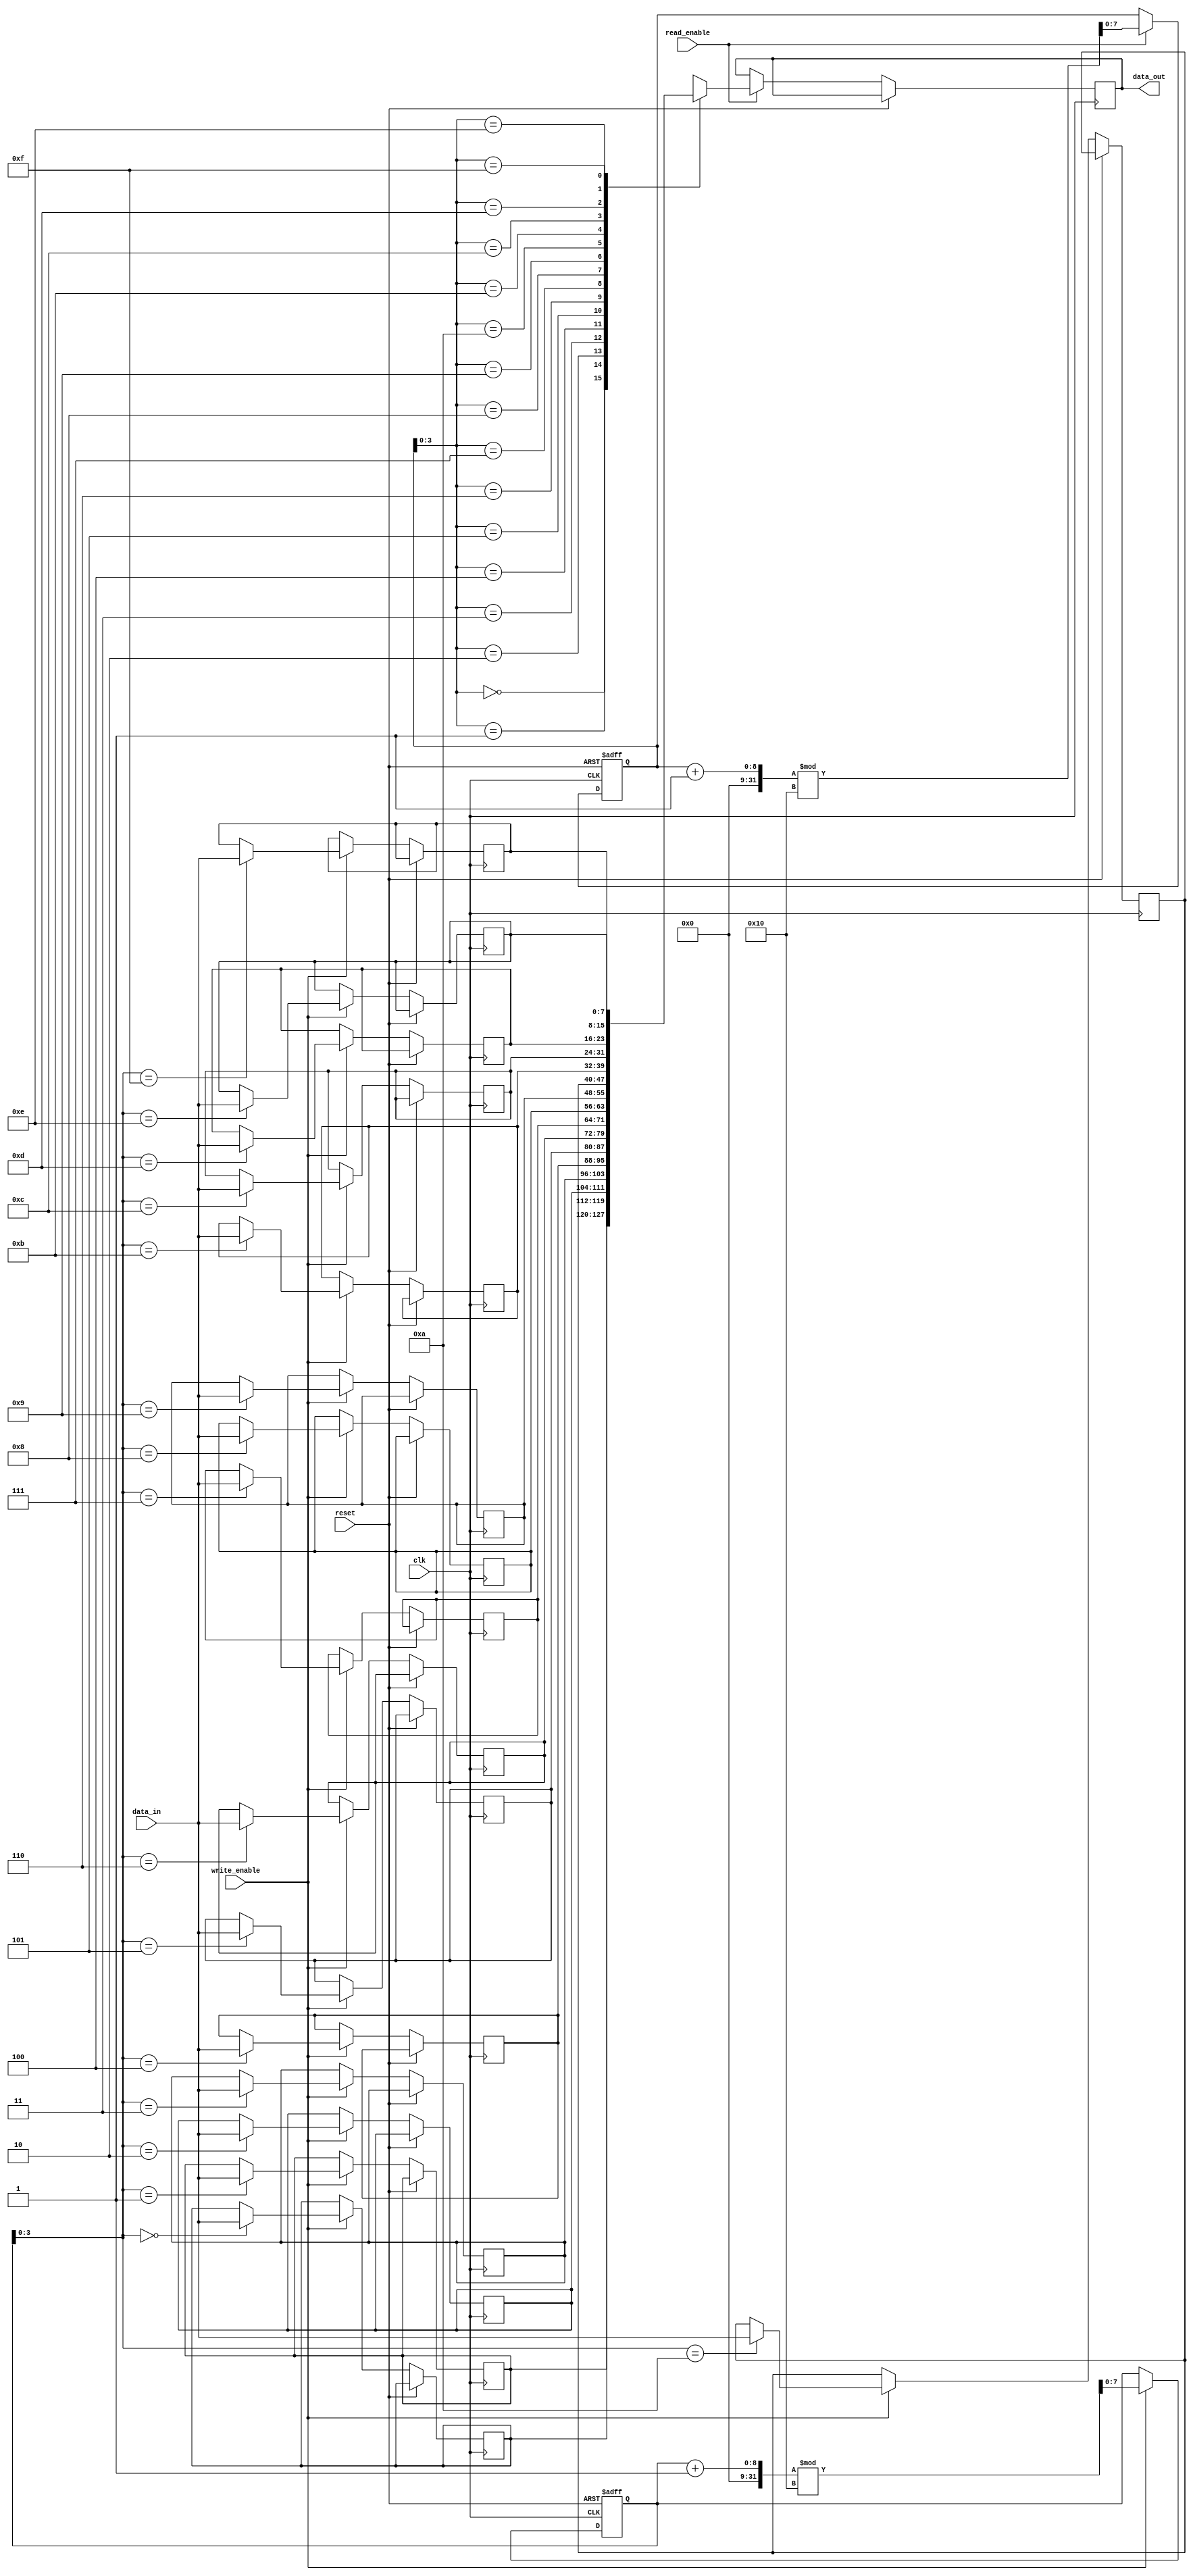
module Gray_FIFO (
    input wire clk,
    input wire reset,
    input wire write_enable,
    input wire read_enable,
    input wire [DATA_WIDTH-1:0] data_in,
    output reg [DATA_WIDTH-1:0] data_out
);

parameter DATA_WIDTH = 8; // set data width to 8 bits

reg [DATA_WIDTH-1:0] fifo [0:15]; // FIFO depth of 16

reg [DATA_WIDTH-1:0] write_pointer;
reg [DATA_WIDTH-1:0] read_pointer;

always @(posedge clk or posedge reset) begin
    if (reset) begin
        write_pointer <= 0;
        read_pointer <= 0;
    end else begin
        if (write_enable) begin
            fifo[write_pointer] <= data_in;
            write_pointer <= (write_pointer + 1) % 16;
        end
        if (read_enable) begin
            data_out <= fifo[read_pointer];
            read_pointer <= (read_pointer + 1) % 16;
        end
    end
end

endmodule